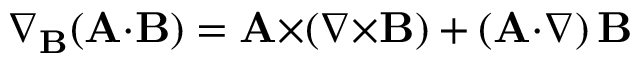
\nabla _ { \mathbf { B } } \! \left( \mathbf { A { \cdot } B } \right) = \mathbf { A } { \times } \! \left( \nabla { \times } \mathbf { B } \right) + \left( \mathbf { A } { \cdot } \nabla \right) \mathbf { B }